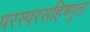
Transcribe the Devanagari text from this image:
परस्परसहिष्णुता